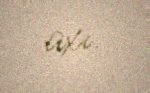
axı.